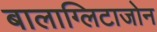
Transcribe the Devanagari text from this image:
बालाग्लिटाजोन